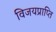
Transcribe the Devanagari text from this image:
विजयप्राप्ति